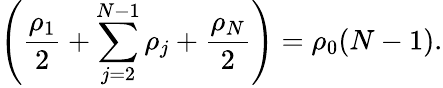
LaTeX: \left(\frac{\rho_{1}}{2}+\sum_{j=2}^{N-1}\rho_{j}+\frac{\rho_{N}}{2}\right)=\rho_{0}(N-1).